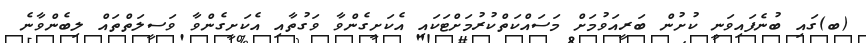
(ބ)ގައި ބުނެފައިވަނީ ކުށުން ބަރީއަވުމަށް މަސައްކަތްކުރުމަށްޓަކައި އެކަށީގެންވާ ވަގުތާއި އެކަށީގެންވާ ވަސީލަތްތައް ލިބެންވާނެ